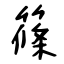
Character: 篠